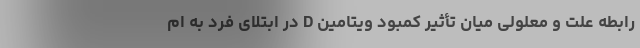
رابطه علت و معلولی میان تأثیر کمبود ویتامین D در ابتلای فرد به ام